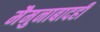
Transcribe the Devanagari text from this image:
मैमुनाबादही